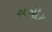
સગીર